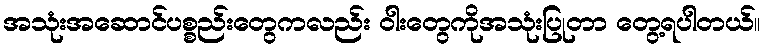
အသုံးအဆောင်ပစ္စည်းတွေကလည်း ဝါးတွေကိုအသုံးပြုတာ တွေ့ရပါတယ်။